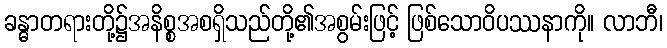
ခန္ဓာတရားတို့၌အနိစ္စအစရှိသည်တို့၏အစွမ်းဖြင့် ဖြစ်သောဝိပဿနာကို။ လာဘီ၊